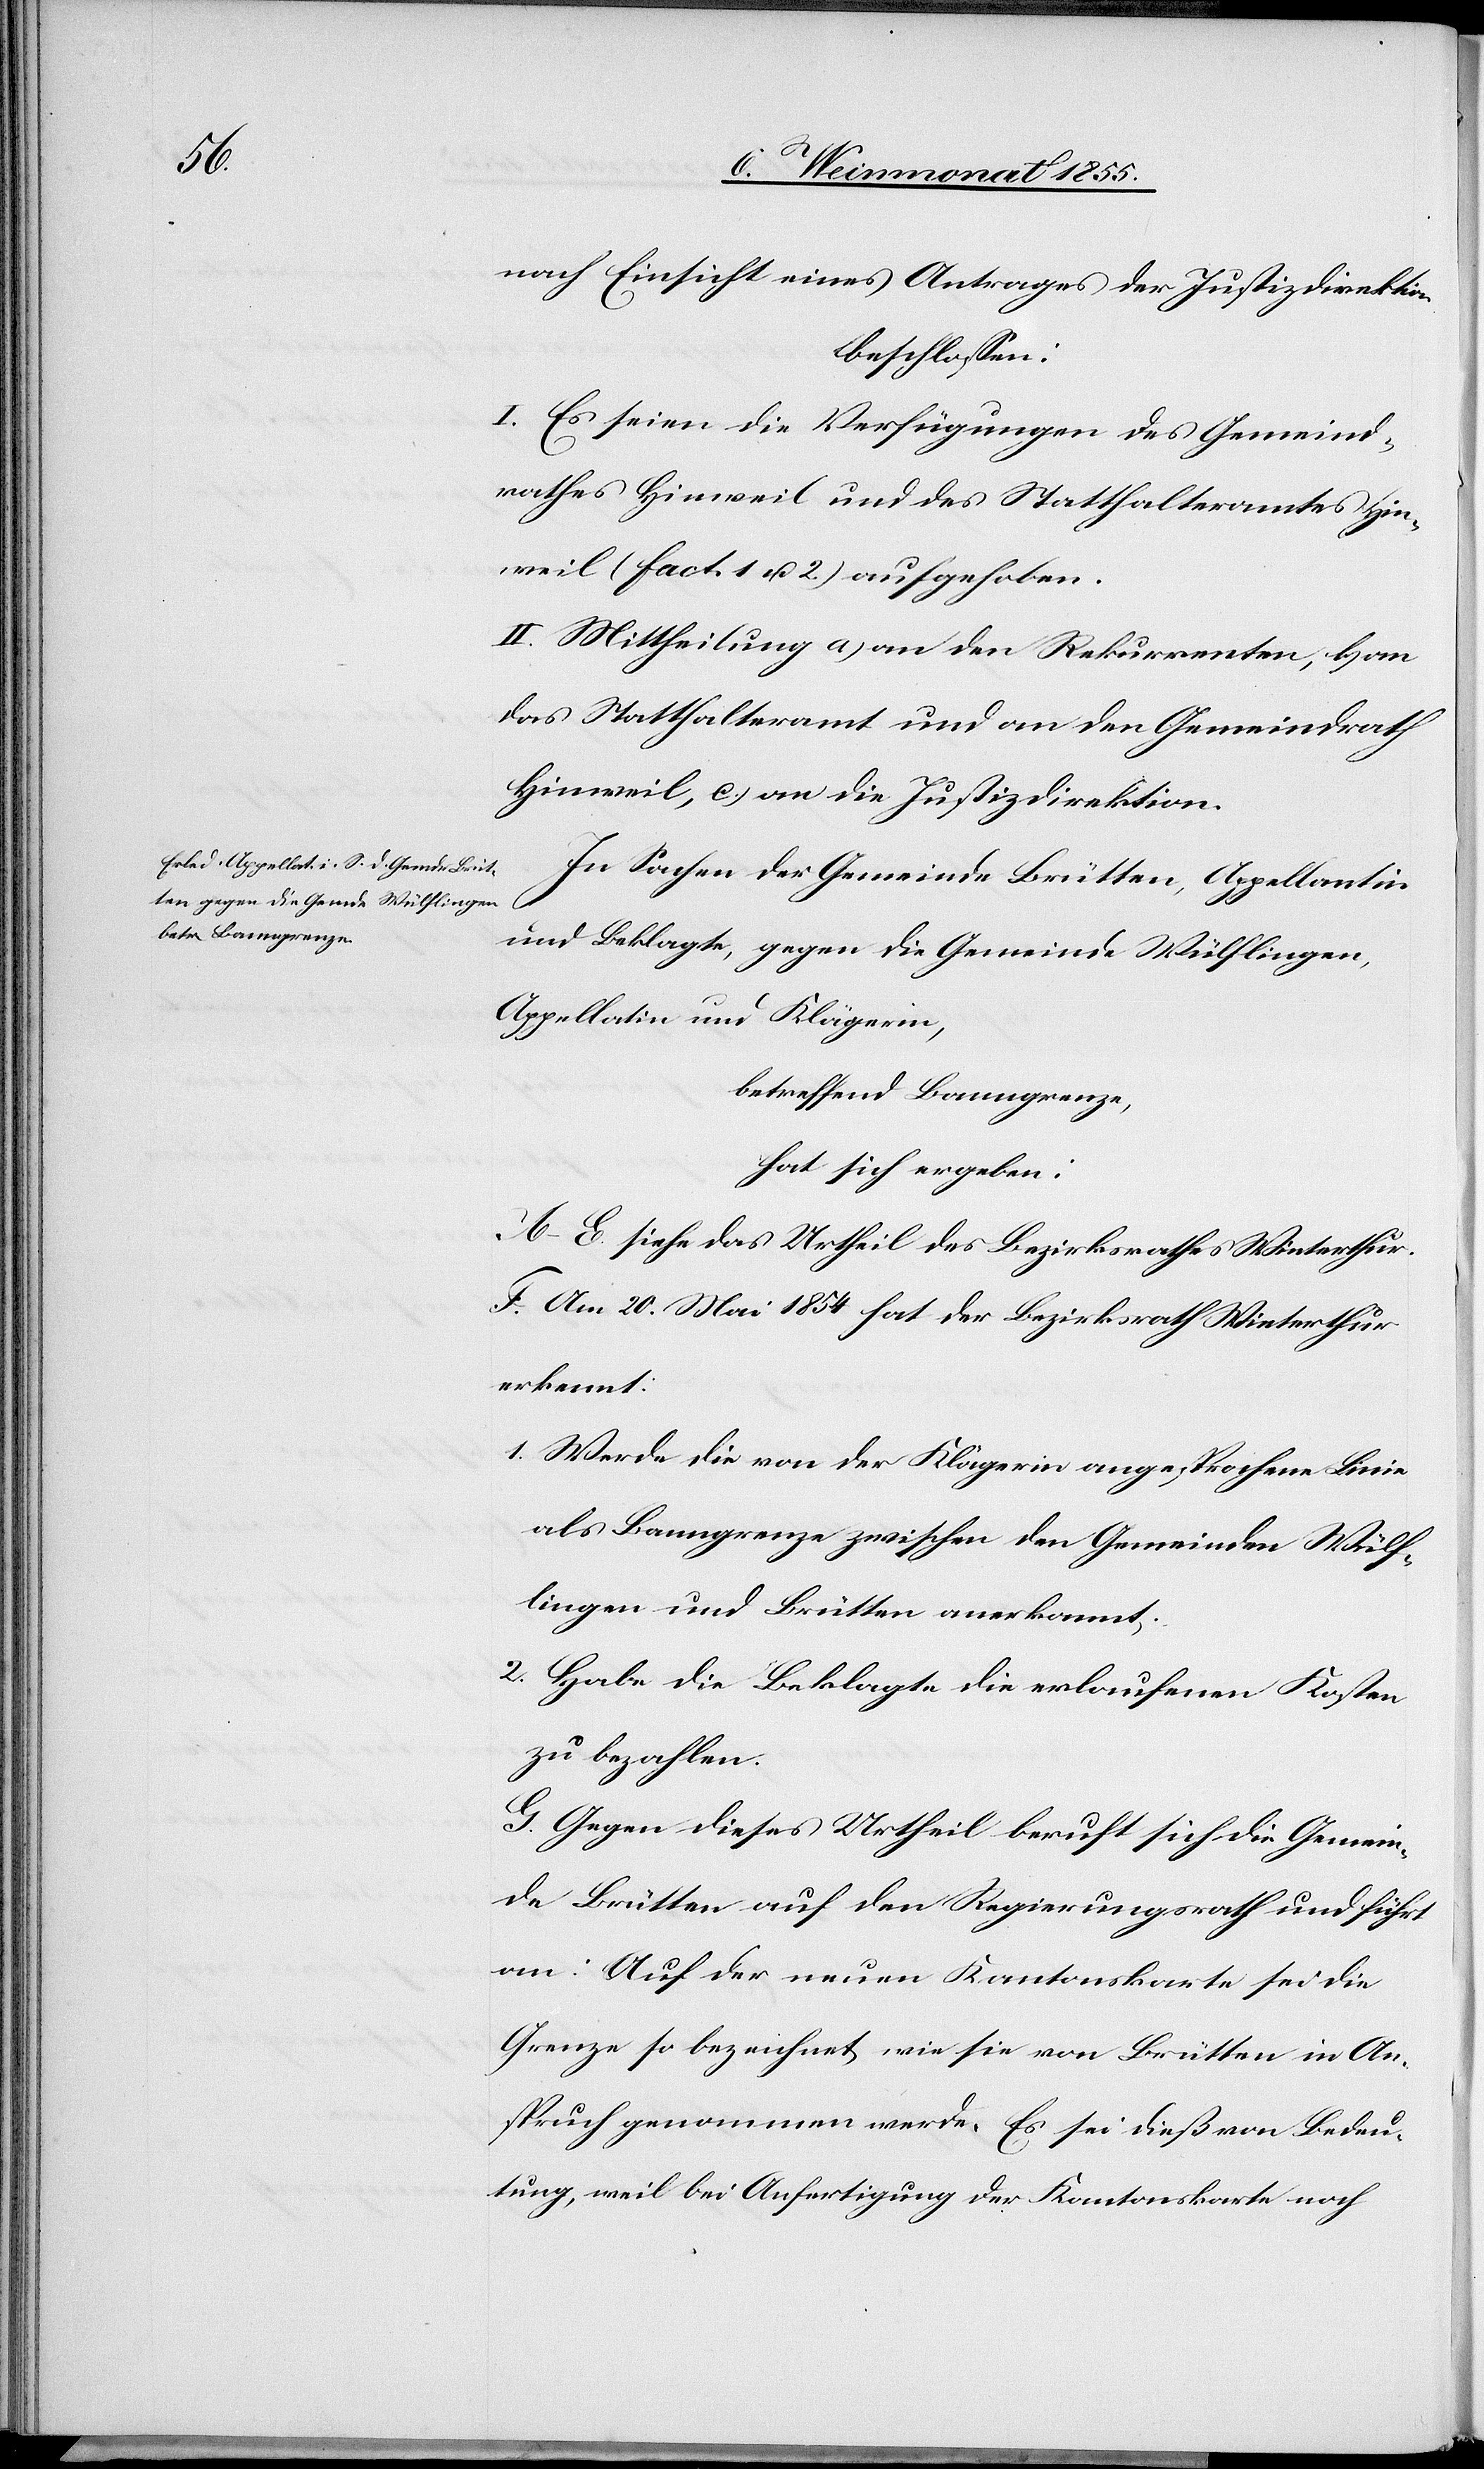
nach Einsicht eines Antrages der Justizdirektion
beschlossen:
I. Es seien die Verfügungen des Gemeind¬
rathes Hinweil und des Statthalteramtes Hin¬
weil (Fact. 1 u. 2) aufgehoben.
II. Mittheilung a) an den Rekurrenten, b) an
das Statthalteramt und an den Gemeindrath
Hinweil, c.) an die Justizdirektion.
In Sachen der Gemeinde Brütten, Appellantin
2.
und Beklagte, gegen die Gemeinde Wülflingen,
Appellatin und Klägerin,
betreffend Banngrenze,
hat sich ergeben:
A–E. siehe das Urtheil des Bezirksrathes Winterthur.
F. Am 20. Mai 1854 hat der Bezirksrath Winterthur
erkennt:
Werde die von der Klägerin angesprochene Linie
als Banngrenze zwischen den Gemeinden Wülf¬
lingen und Brütten anerkannt.
Habe die Beklagte die erlaufenen Kosten
zu bezahlen.
G. Gegen dieses Urtheil beruft sich die Gemein¬
de Brütten auf den Regierungsrath und führt
an: Auf der neuen Kantonskarte sei die
Grenze so bezeichnet wie sie von Brütten in An¬
spruch genommen werde. Es sei dieß von Bedeu¬
tung, weil bei Anfertigung der Kantonskarte noch